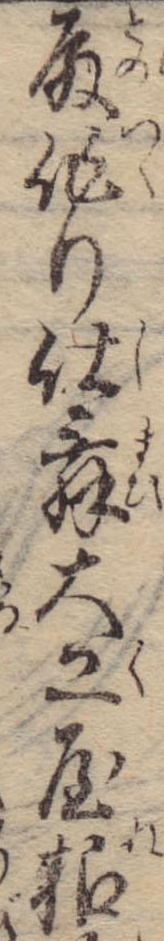
殿作り仕舞大工屋根